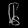
Digit: ၆